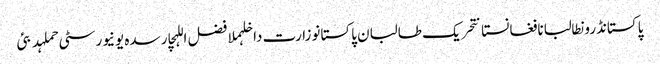
پاکستانڈرونطالبانافغانستانتحریک طالبان پاکستانوزارت داخلہملا فضل اللہچارسدہ یونیورسٹی حملہدبئی